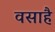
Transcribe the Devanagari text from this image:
वसाहै